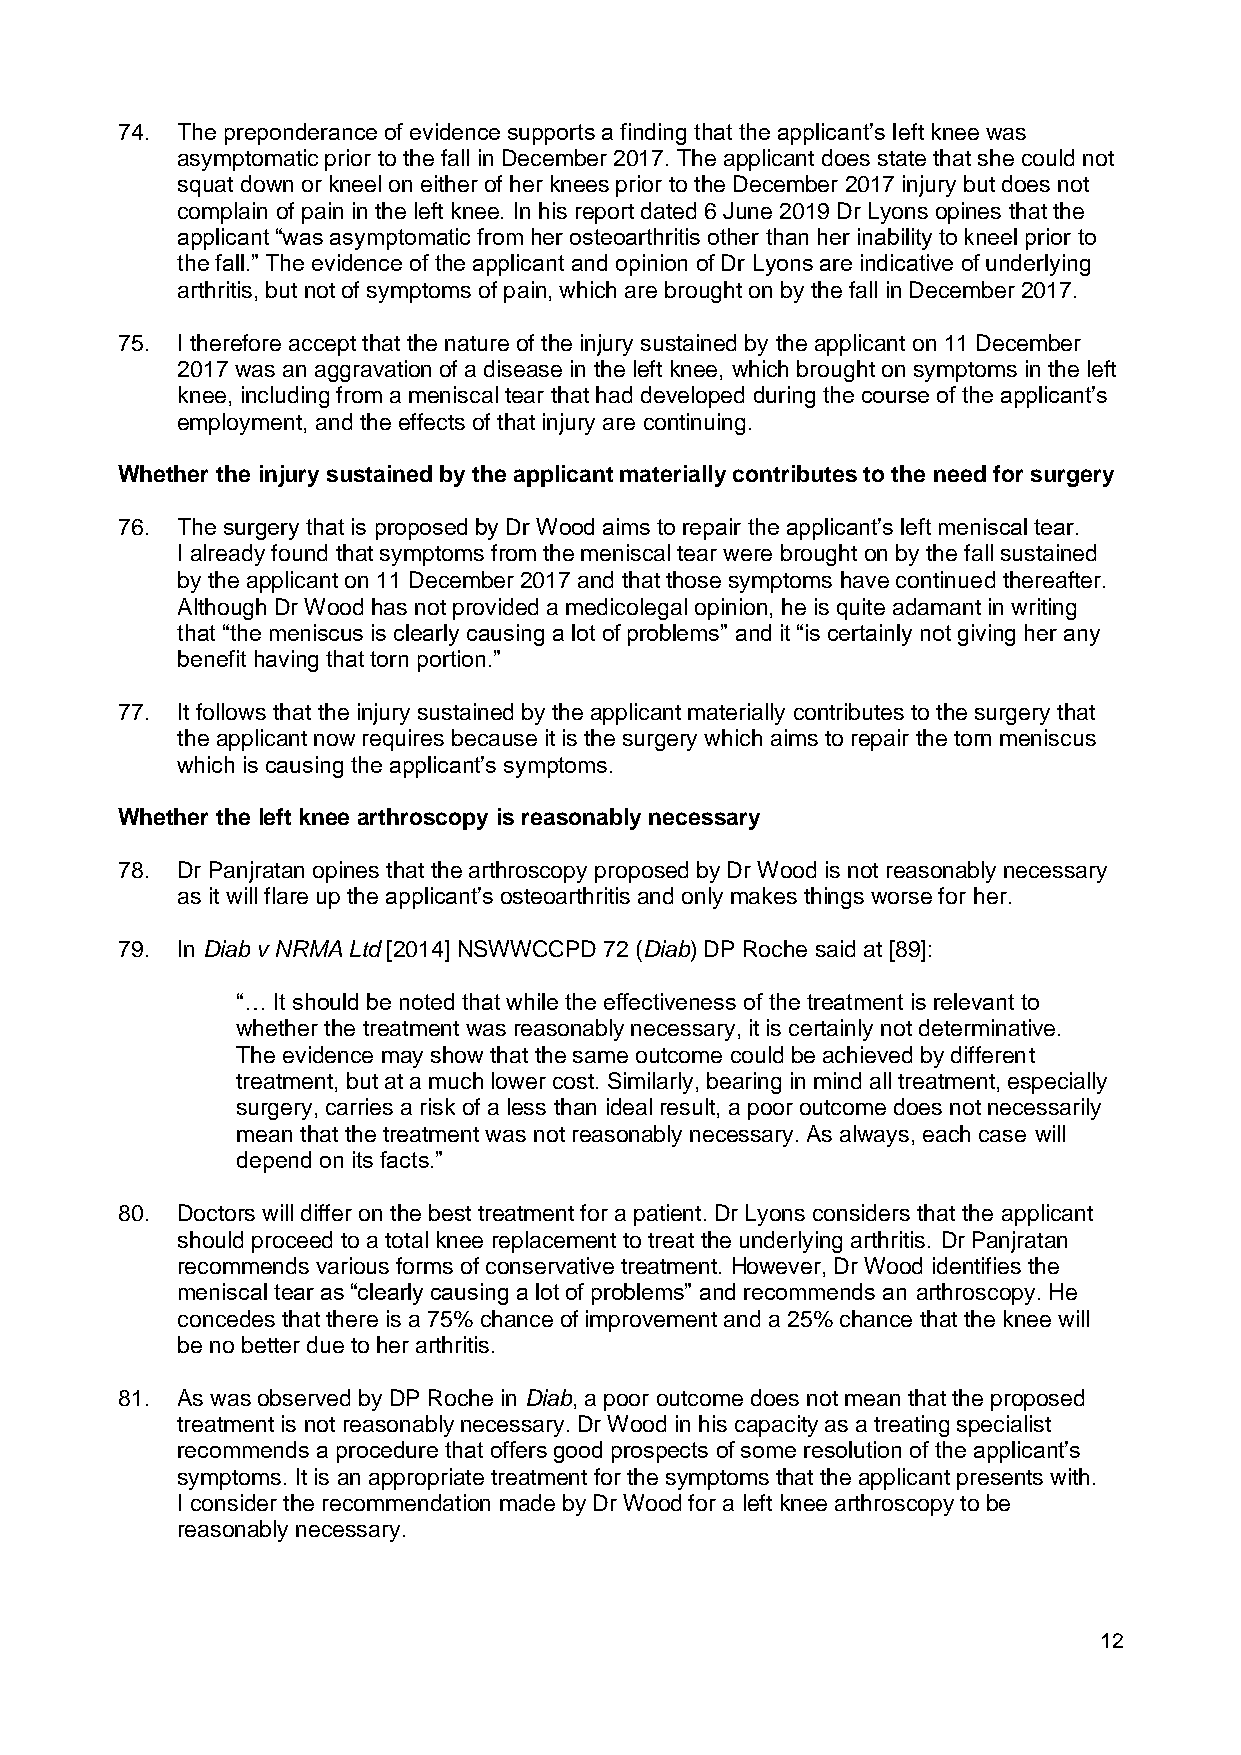
74. The preponderance of evidence supports a finding that the applicant’s left knee was
 asymptomatic prior to the fall in December 2017. The applicant does state that she could not
 squat down or kneel on either of her knees prior to the December 2017 injury but does not
 complain of pain in the left knee. In his report dated 6 June 2019 Dr Lyons opines that the
 applicant “was asymptomatic from her osteoarthritis other than her inability to kneel prior to
 the fall.” The evidence of the applicant and opinion of Dr Lyons are indicative of underlying
 arthritis, but not of symptoms of pain, which are brought on by the fall in December 2017.
 75. I therefore accept that the nature of the injury sustained by the applicant on 11 December
 2017 was an aggravation of a disease in the left knee, which brought on symptoms in the left
 knee, including from a meniscal tear that had developed during the course of the applicant’s
 employment, and the effects of that injury are continuing.
 Whether the injury sustained by the applicant materially contributes to the need for surgery
 76. The surgery that is proposed by Dr Wood aims to repair the applicant’s left meniscal tear.
 I already found that symptoms from the meniscal tear were brought on by the fall sustained
 by the applicant on 11 December 2017 and that those symptoms have continued thereafter.
 Although Dr Wood has not provided a medicolegal opinion, he is quite adamant in writing
 that “the meniscus is clearly causing a lot of problems” and it “is certainly not giving her any
 benefit having that torn portion.”
 77. It follows that the injury sustained by the applicant materially contributes to the surgery that
 the applicant now requires because it is the surgery which aims to repair the torn meniscus
 which is causing the applicant’s symptoms.
 Whether the left knee arthroscopy is reasonably necessary
 78. Dr Panjratan opines that the arthroscopy proposed by Dr Wood is not reasonably necessary
 as it will flare up the applicant’s osteoarthritis and only makes things worse for her.
 79. In Diab v NRMA Ltd [2014] NSWWCCPD 72 (Diab) DP Roche said at [89]:
 “… It should be noted that while the effectiveness of the treatment is relevant to
 whether the treatment was reasonably necessary, it is certainly not determinative.
 The evidence may show that the same outcome could be achieved by different
 treatment, but at a much lower cost. Similarly, bearing in mind all treatment, especially
 surgery, carries a risk of a less than ideal result, a poor outcome does not necessarily
 mean that the treatment was not reasonably necessary. As always, each case will
 depend on its facts.”
 80. Doctors will differ on the best treatment for a patient. Dr Lyons considers that the applicant
 should proceed to a total knee replacement to treat the underlying arthritis. Dr Panjratan
 recommends various forms of conservative treatment. However, Dr Wood identifies the
 meniscal tear as “clearly causing a lot of problems” and recommends an arthroscopy. He
 concedes that there is a 75% chance of improvement and a 25% chance that the knee will
 be no better due to her arthritis.
 81. As was observed by DP Roche in Diab, a poor outcome does not mean that the proposed
 treatment is not reasonably necessary. Dr Wood in his capacity as a treating specialist
 recommends a procedure that offers good prospects of some resolution of the applicant’s
 symptoms. It is an appropriate treatment for the symptoms that the applicant presents with.
 I consider the recommendation made by Dr Wood for a left knee arthroscopy to be
 reasonably necessary.
 12